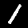
Digit: 1